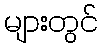
များတွင်